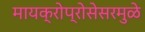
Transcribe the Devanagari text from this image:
मायक्रोप्रोसेसरमुळे